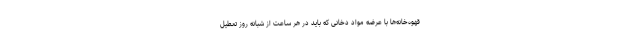
قهوه‌خانه‌ها با عرضه مواد دخانی که باید در هر ساعت از شبانه روز تعطیل